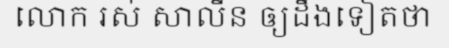
លោក រស់ សាលីន ឲ្យដឹងទៀតថា